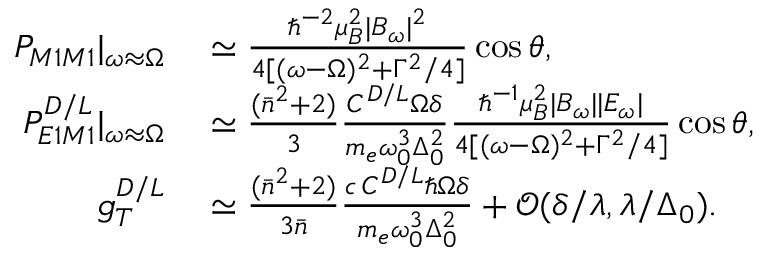
\begin{array} { r l } { P _ { M 1 M 1 } | _ { \omega \approx \Omega } } & { { } \simeq \frac { \hbar ^ { - 2 } \mu _ { B } ^ { 2 } | B _ { \omega } | ^ { 2 } } { 4 [ ( \omega - \Omega ) ^ { 2 } + \Gamma ^ { 2 } / 4 ] } \cos { \theta } , } \\ { P _ { E 1 M 1 } ^ { D / L } | _ { \omega \approx \Omega } } & { { } \simeq \frac { ( \bar { n } ^ { 2 } + 2 ) } { 3 } \frac { C ^ { D / L } \Omega \delta } { m _ { e } \omega _ { 0 } ^ { 3 } \Delta _ { 0 } ^ { 2 } } \frac { \hbar ^ { - 1 } \mu _ { B } ^ { 2 } | B _ { \omega } | | E _ { \omega } | } { 4 [ ( \omega - \Omega ) ^ { 2 } + \Gamma ^ { 2 } / 4 ] } \cos { \theta } , } \\ { g _ { T } ^ { D / L } } & { { } \simeq \frac { ( \bar { n } ^ { 2 } + 2 ) } { 3 \bar { n } } \frac { c \, C ^ { D / L } \hbar \Omega \delta } { m _ { e } \omega _ { 0 } ^ { 3 } \Delta _ { 0 } ^ { 2 } } + \mathcal { O } ( \delta / \lambda , \lambda / \Delta _ { 0 } ) . } \end{array}